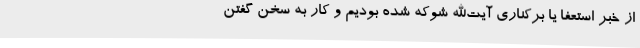
از خبر استعفا یا برکناری آیت‌الله شوکه شده بودیم و کار به سخن گفتن